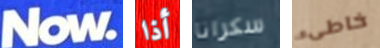
Now أذا سكرانا خاطىء